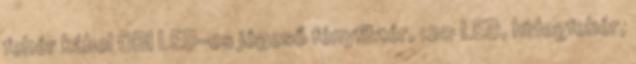
fehér kábel OBI LED-es jégeső fényfüzér, 120 LED, hidegfehér,